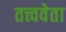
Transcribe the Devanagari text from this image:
तत्त्ववेता